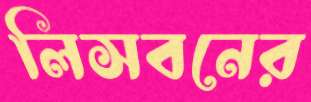
লিসবনের